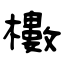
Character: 櫢